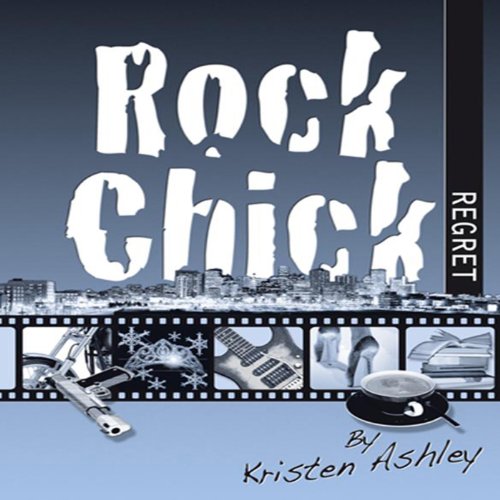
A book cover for Rock Chick Regret; Kristen Ashley; Romance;